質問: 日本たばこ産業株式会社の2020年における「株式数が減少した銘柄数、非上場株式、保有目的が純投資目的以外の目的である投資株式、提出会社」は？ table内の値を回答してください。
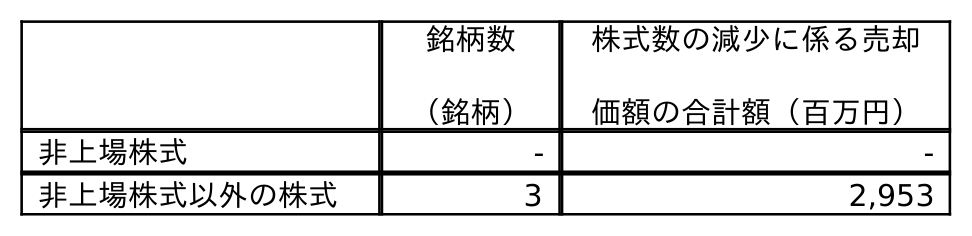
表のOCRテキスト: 銘柄数 （銘柄） 株式数の減少に係る売却 価額の合計額（百万円） 非上場株式 - - 非上場株式以外の株式 3 2,953
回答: -